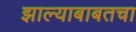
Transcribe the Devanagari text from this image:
झाल्याबाबतचा